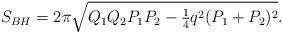
LaTeX: \begin{align*}S_{BH}= 2\pi\sqrt{Q_1Q_2P_1P_2-{\textstyle{1\over 4}}q^2(P_1+P_2)^2}.\end{align*}